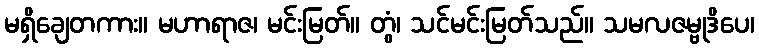
မရှိချေတကား။ မဟာရာဇ၊ မင်းမြတ်။ တွံ၊ သင်မင်းမြတ်သည်။ သမလဇမ္ဗုဒိပေ၊